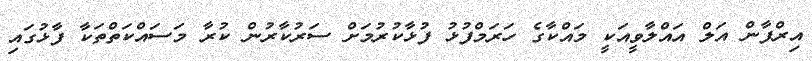
އިރްފާން އަލް އައްލާވީއަކީ މައްކާގެ ހަރަމްފުޅު ފުޅާކުރުމަށް ސަރުކާރުން ކުރާ މަސައްކަތްތަކާ ފާޅުގައި